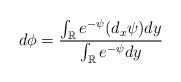
\begin{align*}d \phi = \frac{\int_{\mathbb R} e^{-\psi} (d_x {\psi}) dy}{\int_{\mathbb R} e^{-\psi} dy}\end{align*}